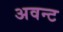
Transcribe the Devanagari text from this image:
अवन्ट